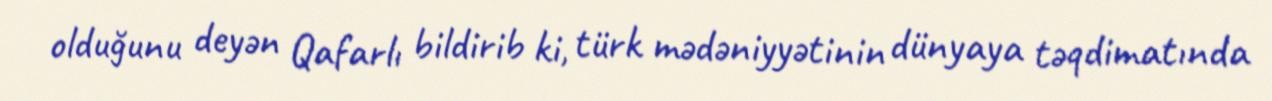
olduğunu deyən Qafarlı bildirib ki, türk mədəniyyətinin dünyaya təqdimatında